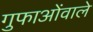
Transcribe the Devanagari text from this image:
गुफाओंवाले